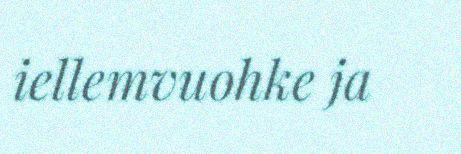
iellemvuohke ja